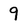
Character: 9